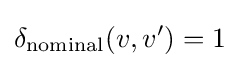
\delta _{\text{nominal}}(v,v')=1